Vaccination in the Punjab 1897-1904 - 1897-1904
Year: 1897
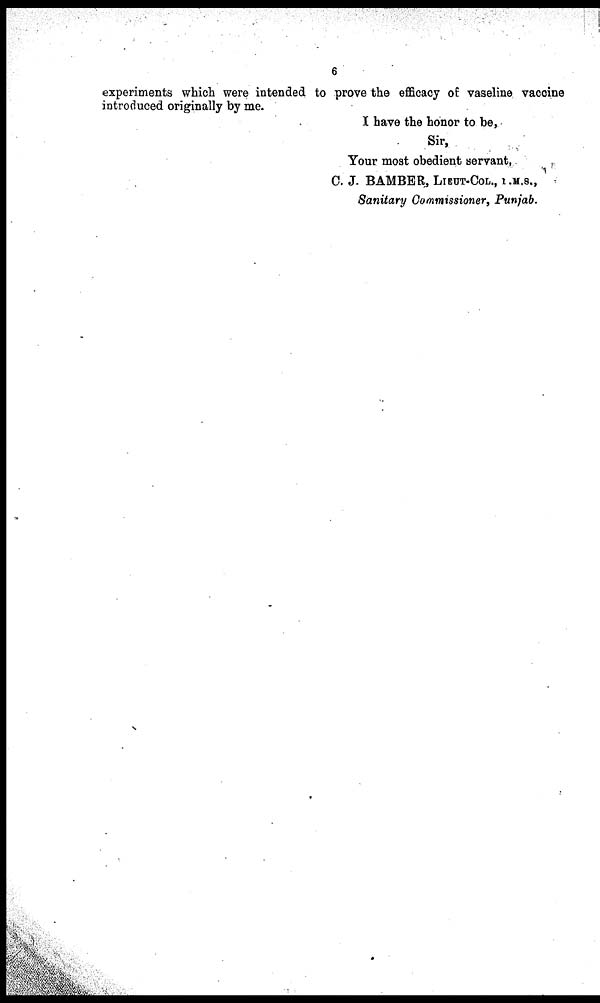
6
experiments which were intended to prove the efficacy of vaseline vaccine
introduced originally by me.
I have the honor to be,
Sir,
Your most obedient servant,
C. J. BAMBER, LIEUT-COL., I.M.S.,
Sanitary Commissioner, Punjab.